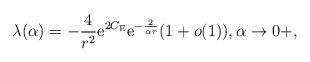
LaTeX: \begin{align*}\lambda (\alpha )=-\frac{4}{r^2} \mathrm{e}^{2C_{\rm E} }\mathrm{e}^{-\frac{2}{\alpha r}}(1+o(1)),\alpha\rightarrow0+,\end{align*}